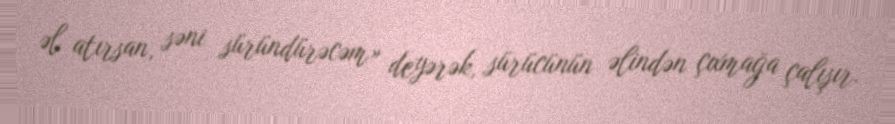
əl atırsan, səni süründürəcəm» deyərək, sürücünün əlindən çıxmağa çalışır.